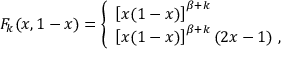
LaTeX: F _ { k } ( x , 1 - x ) = \left\{ \begin{array} { l } { { \left[ x ( 1 - x ) \right] ^ { \beta + k } } } \\ { { \left[ x ( 1 - x ) \right] ^ { \beta + k } ( 2 x - 1 ) \ , } } \end{array} \right.